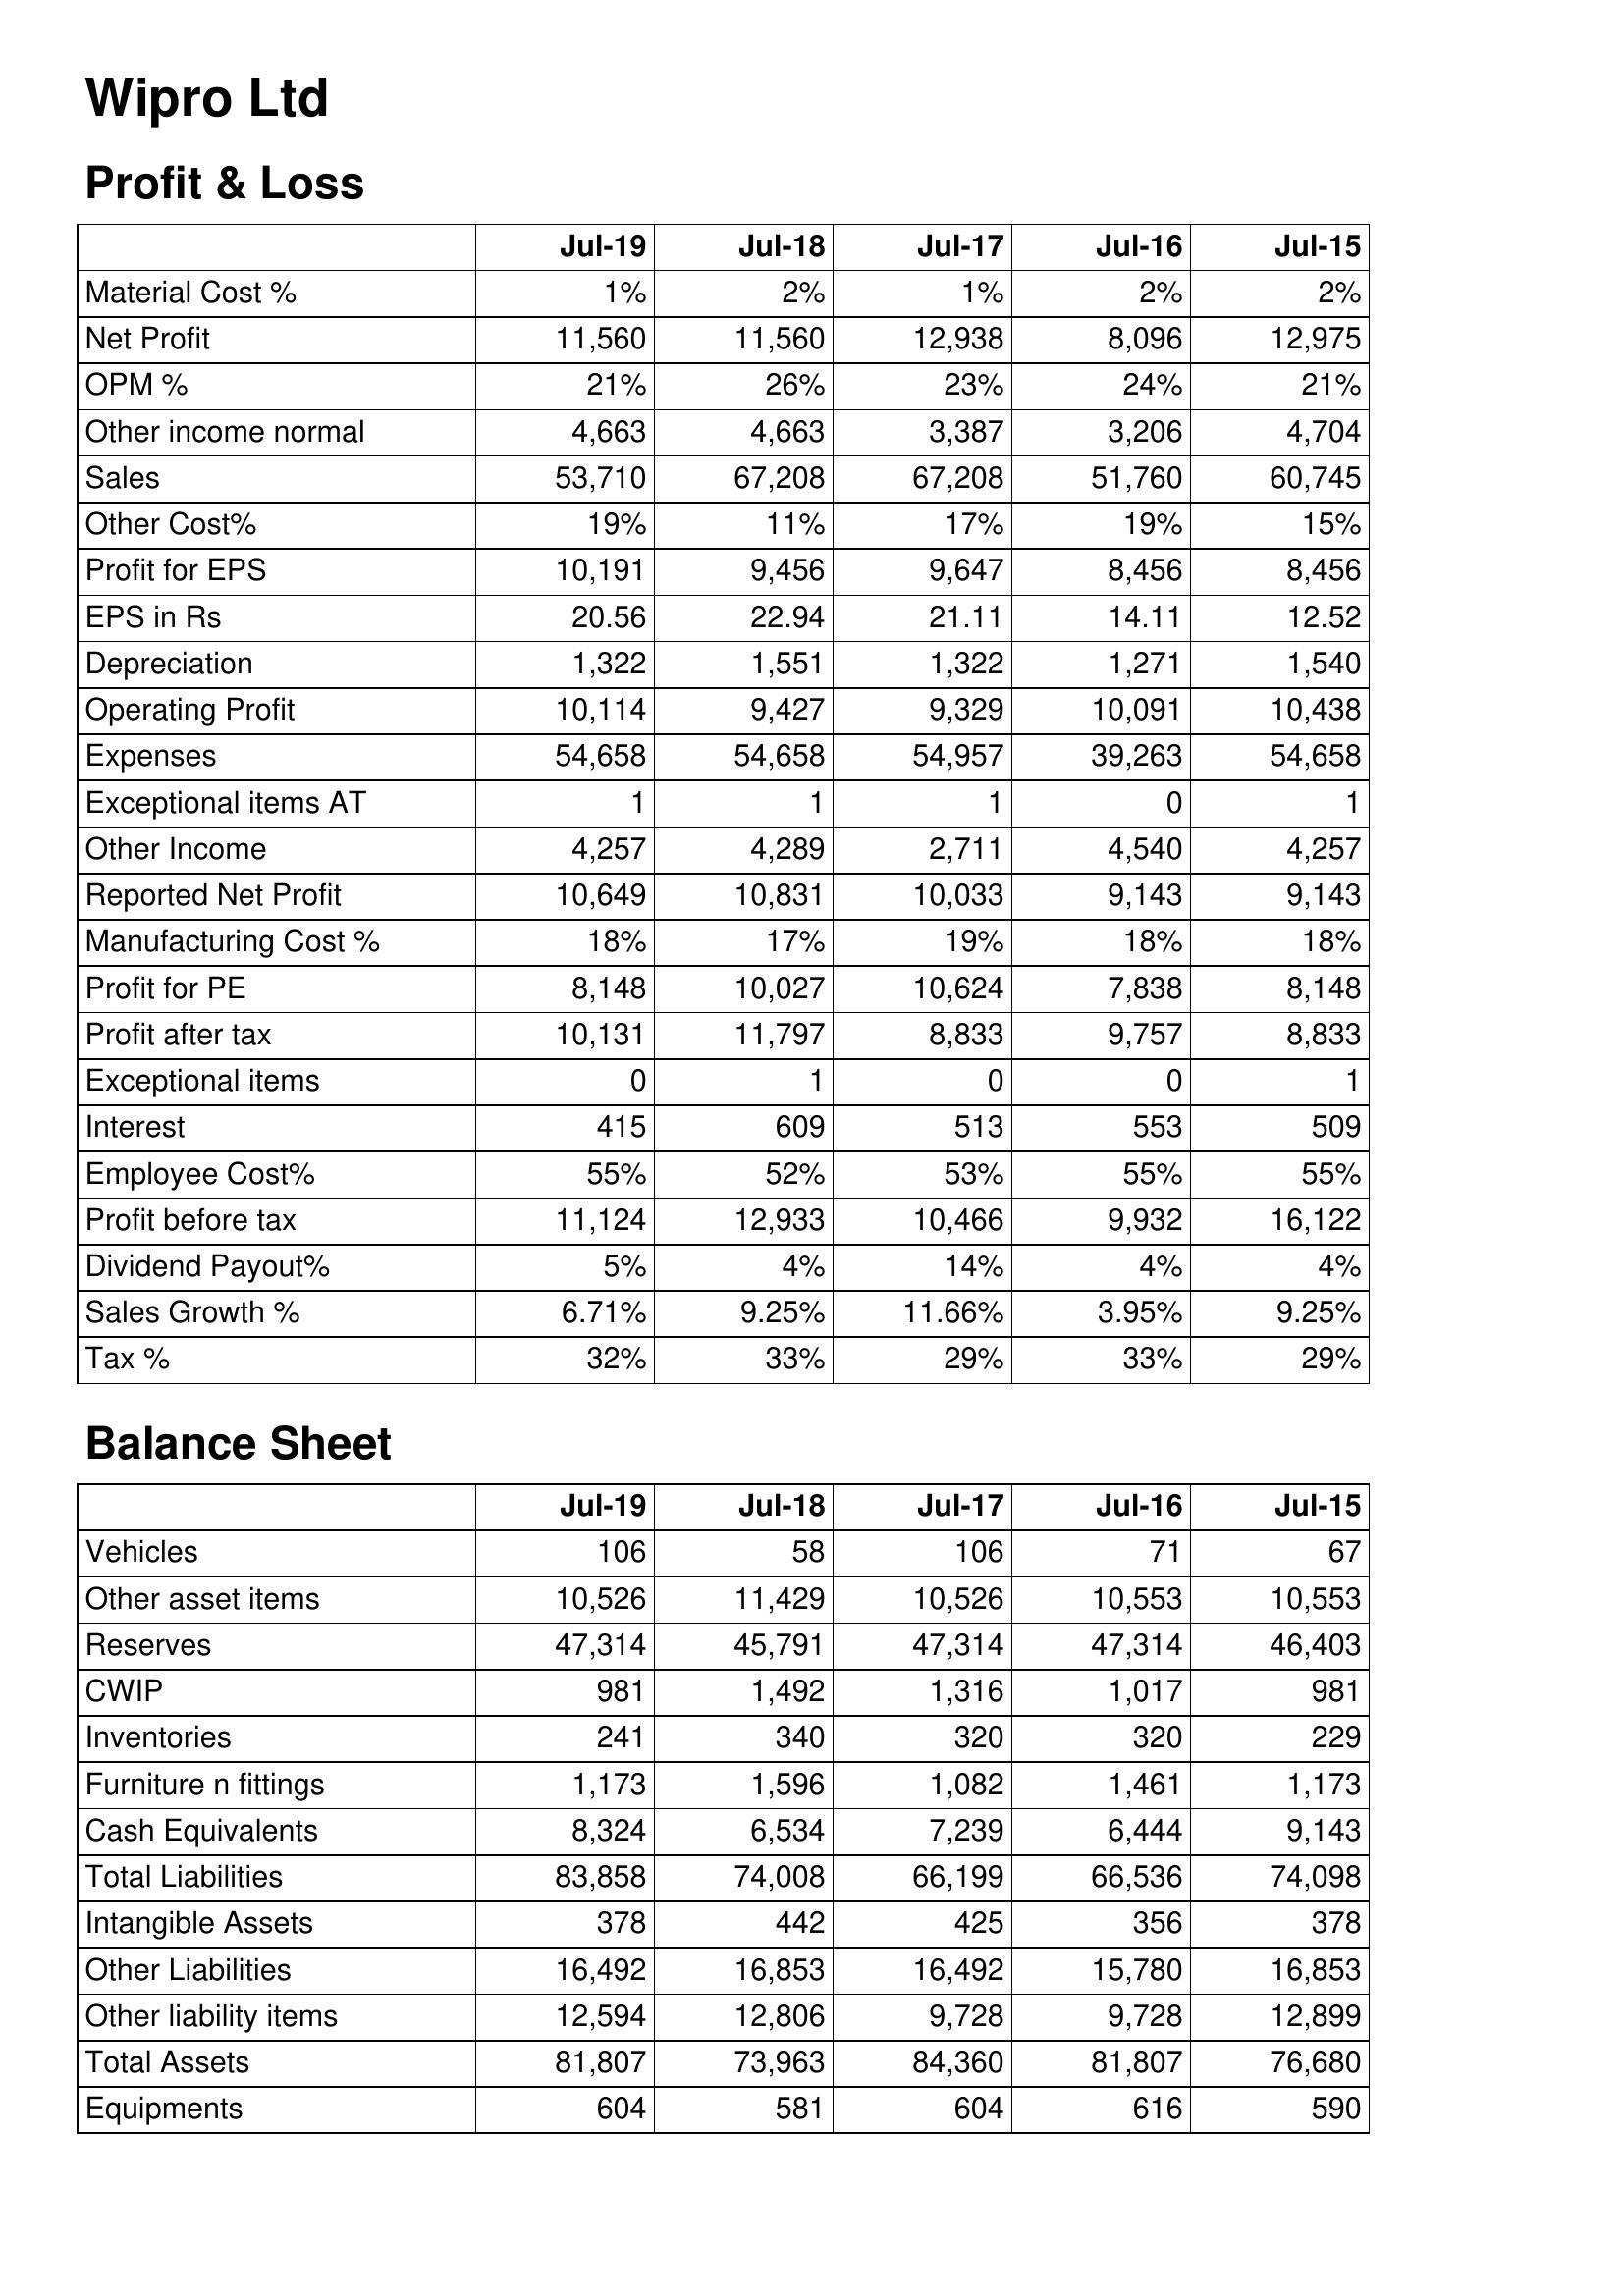
Jul-19: Profit & Loss: Material Cost %: 1%
Net Profit: 11,560
OPM %: 21%
Other income normal: 4,663
Sales: 53,710
Other Cost%: 19%
Profit for EPS: 10,191
EPS in Rs: 20.56
Depreciation: 1,322
Operating Profit: 10,114
Expenses: 54,658
Exceptional items AT: 1
Other Income: 4,257
Reported Net Profit: 10,649
Manufacturing Cost %: 18%
Profit for PE: 8,148
Profit after tax: 10,131
Exceptional items: 0
Interest: 415
Employee Cost%: 55%
Profit before tax: 11,124
Dividend Payout%: 5%
Sales Growth %: 6.71%
Tax %: 32%
Balance Sheet: Vehicles: 106
Other asset items: 10,526
Reserves: 47,314
CWIP: 981
Inventories: 241
Furniture n fittings: 1,173
Cash Equivalents: 8,324
Total Liabilities: 83,858
Intangible Assets: 378
Other Liabilities: 16,492
Other liability items: 12,594
Total Assets: 81,807
Equipments: 604
Jul-18: Profit & Loss: Material Cost %: 2%
Net Profit: 11,560
OPM %: 26%
Other income normal: 4,663
Sales: 67,208
Other Cost%: 11%
Profit for EPS: 9,456
EPS in Rs: 22.94
Depreciation: 1,551
Operating Profit: 9,427
Expenses: 54,658
Exceptional items AT: 1
Other Income: 4,289
Reported Net Profit: 10,831
Manufacturing Cost %: 17%
Profit for PE: 10,027
Profit after tax: 11,797
Exceptional items: 1
Interest: 609
Employee Cost%: 52%
Profit before tax: 12,933
Dividend Payout%: 4%
Sales Growth %: 9.25%
Tax %: 33%
Balance Sheet: Vehicles: 58
Other asset items: 11,429
Reserves: 45,791
CWIP: 1,492
Inventories: 340
Furniture n fittings: 1,596
Cash Equivalents: 6,534
Total Liabilities: 74,008
Intangible Assets: 442
Other Liabilities: 16,853
Other liability items: 12,806
Total Assets: 73,963
Equipments: 581
Jul-17: Profit & Loss: Material Cost %: 1%
Net Profit: 12,938
OPM %: 23%
Other income normal: 3,387
Sales: 67,208
Other Cost%: 17%
Profit for EPS: 9,647
EPS in Rs: 21.11
Depreciation: 1,322
Operating Profit: 9,329
Expenses: 54,957
Exceptional items AT: 1
Other Income: 2,711
Reported Net Profit: 10,033
Manufacturing Cost %: 19%
Profit for PE: 10,624
Profit after tax: 8,833
Exceptional items: 0
Interest: 513
Employee Cost%: 53%
Profit before tax: 10,466
Dividend Payout%: 14%
Sales Growth %: 11.66%
Tax %: 29%
Balance Sheet: Vehicles: 106
Other asset items: 10,526
Reserves: 47,314
CWIP: 1,316
Inventories: 320
Furniture n fittings: 1,082
Cash Equivalents: 7,239
Total Liabilities: 66,199
Intangible Assets: 425
Other Liabilities: 16,492
Other liability items: 9,728
Total Assets: 84,360
Equipments: 604
Jul-16: Profit & Loss: Material Cost %: 2%
Net Profit: 8,096
OPM %: 24%
Other income normal: 3,206
Sales: 51,760
Other Cost%: 19%
Profit for EPS: 8,456
EPS in Rs: 14.11
Depreciation: 1,271
Operating Profit: 10,091
Expenses: 39,263
Exceptional items AT: 0
Other Income: 4,540
Reported Net Profit: 9,143
Manufacturing Cost %: 18%
Profit for PE: 7,838
Profit after tax: 9,757
Exceptional items: 0
Interest: 553
Employee Cost%: 55%
Profit before tax: 9,932
Dividend Payout%: 4%
Sales Growth %: 3.95%
Tax %: 33%
Balance Sheet: Vehicles: 71
Other asset items: 10,553
Reserves: 47,314
CWIP: 1,017
Inventories: 320
Furniture n fittings: 1,461
Cash Equivalents: 6,444
Total Liabilities: 66,536
Intangible Assets: 356
Other Liabilities: 15,780
Other liability items: 9,728
Total Assets: 81,807
Equipments: 616
Jul-15: Profit & Loss: Material Cost %: 2%
Net Profit: 12,975
OPM %: 21%
Other income normal: 4,704
Sales: 60,745
Other Cost%: 15%
Profit for EPS: 8,456
EPS in Rs: 12.52
Depreciation: 1,540
Operating Profit: 10,438
Expenses: 54,658
Exceptional items AT: 1
Other Income: 4,257
Reported Net Profit: 9,143
Manufacturing Cost %: 18%
Profit for PE: 8,148
Profit after tax: 8,833
Exceptional items: 1
Interest: 509
Employee Cost%: 55%
Profit before tax: 16,122
Dividend Payout%: 4%
Sales Growth %: 9.25%
Tax %: 29%
Balance Sheet: Vehicles: 67
Other asset items: 10,553
Reserves: 46,403
CWIP: 981
Inventories: 229
Furniture n fittings: 1,173
Cash Equivalents: 9,143
Total Liabilities: 74,098
Intangible Assets: 378
Other Liabilities: 16,853
Other liability items: 12,899
Total Assets: 76,680
Equipments: 590